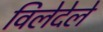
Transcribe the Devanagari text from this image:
विलेदेले